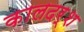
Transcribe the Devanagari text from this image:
कालदर्श